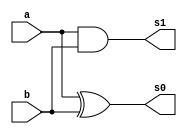
// ------------------------- 
// Exemplo0025 - C2 
// Nome: Gabriel Luiz M. G. Vieira 
// ------------------------- 
// ------------------------- 
// C2_gate 
// ------------------------- 

module adder (output  s0, output s1,
input  a, 
input  b);

xor XOR1 (s0,a,b);
and AND1 (s1,a,b);

endmodule//adder

module fulladder (output  s0, output s1,
input  a, 
input  b,
input  c);
wire u,v,d;

adder AD1 (u,v,a,b);
adder AD2 (s0,d,u,c);
or OR1 (s1,d,v);

endmodule//fulladder

module C2 (output  s0, output  s1, output  s2, output s3, output s4,
input  [3:0] a, 
input  [3:0] b,
input c);

wire p,q,r,t;
wire [3:0] na;

not NOT1(na[0],a[0]);
not NOT2(na[1],a[1]);
not NOT3(na[2],a[2]);
not NOT4(na[3],a[3]);
fulladder FA1(s0,p,na[0],b[0],c);
fulladder FA2(s1,q,na[1],b[1],p);
fulladder FA3(s2,r,na[2],b[2],q);
fulladder FA4(s3,s4,na[2],b[3],r);

endmodule//C2

module test_C2; 
// ------------------------- definir dados 
reg [3:0] y,z;  
reg c;
wire g,h,i,j,k;
C2 modulo1 (g,h,i,j,k,y,z,c);
// ------------------------- parte principal 
initial begin 
$display("Exemplo0025 - Gabriel Luiz M. G. Vieira - 441691"); 
$display("Test LU's module"); 
y = 4'b0000; z = 4'b1000; c = 'b0;
// projetar testes do modulo 
#1 $monitor("%3b  %3b  %3b = %3b%3b%3b ",y,z,c,g,h,i);
#1 y = 4'b0001; c = 'b0;
#1 y = 4'b0010; c = 'b0;
#1 y = 4'b0011; c = 'b0;
#1 y = 4'b0100; c = 'b0;
#1 y = 4'b0101; c = 'b0;
#1 y = 4'b0110; c = 'b0;
#1 y = 4'b0111; c = 'b0;
#1 y = 4'b1000; c = 'b0;
#1 y = 4'b1001; c = 'b0;
#1 y = 4'b1010; c = 'b0;
#1 y = 4'b1011; c = 'b0;
#1 y = 4'b1100; c = 'b0;
#1 y = 4'b1101; c = 'b0;
#1 y = 4'b1110; c = 'b0;
#1 y = 4'b1111; c = 'b0;

end 
endmodule // test_C2